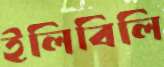
ইলিবিলি